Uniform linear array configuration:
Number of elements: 24
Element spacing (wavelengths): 0.25
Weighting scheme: cosine
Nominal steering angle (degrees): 45
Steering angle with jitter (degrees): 45.507
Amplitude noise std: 0.05
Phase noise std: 0.05

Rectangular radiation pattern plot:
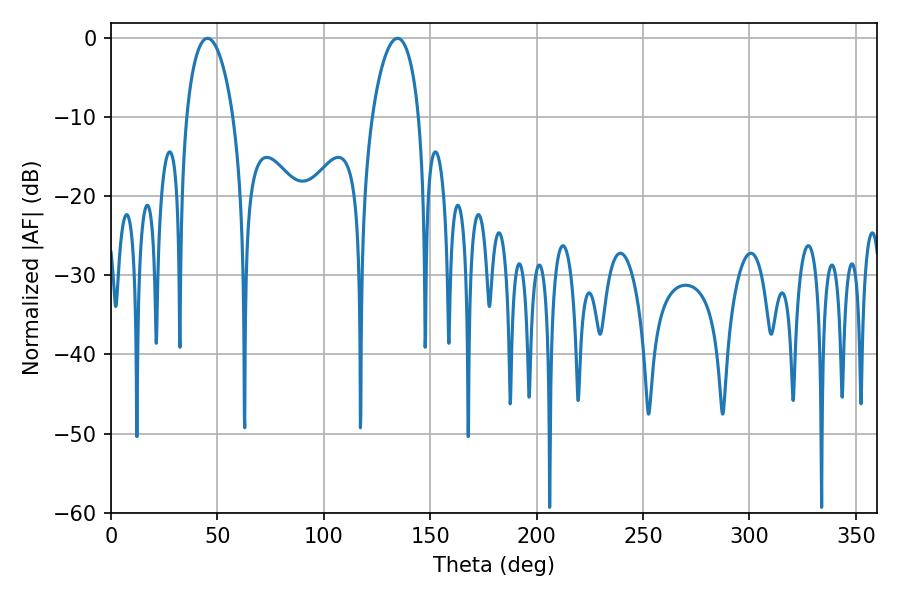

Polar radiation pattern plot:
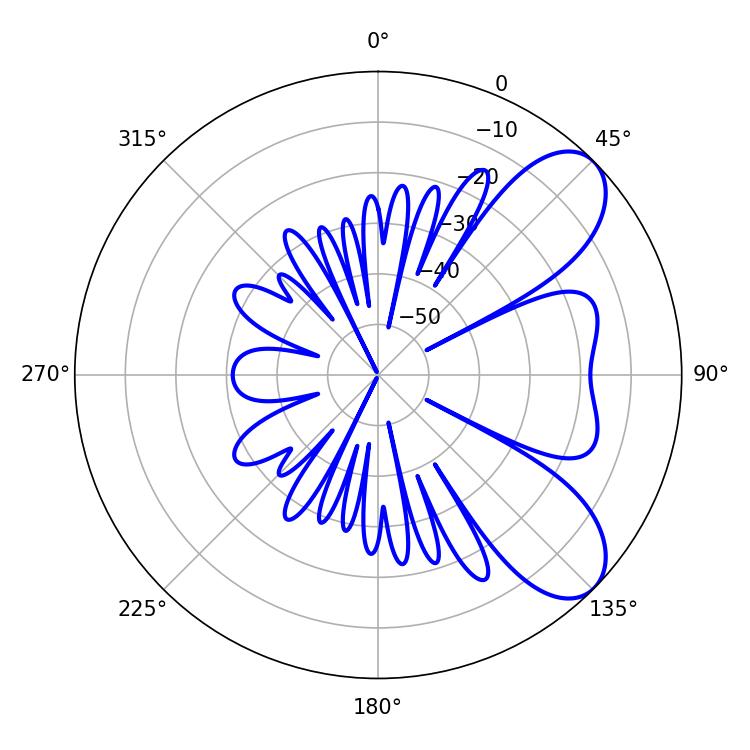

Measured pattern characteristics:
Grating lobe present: FALSE
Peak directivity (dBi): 7.596
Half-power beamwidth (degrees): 12.6
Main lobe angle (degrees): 45.36